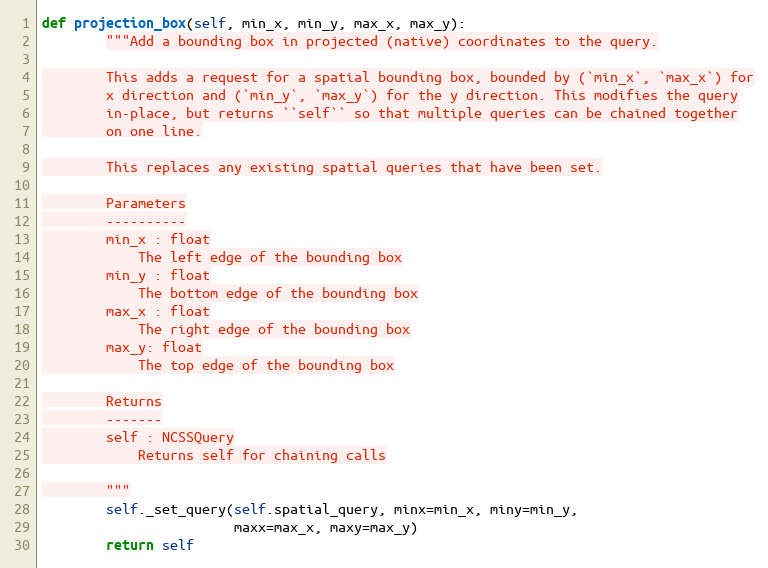
Language: Python
def projection_box(self, min_x, min_y, max_x, max_y):
        """Add a bounding box in projected (native) coordinates to the query.

        This adds a request for a spatial bounding box, bounded by (`min_x`, `max_x`) for
        x direction and (`min_y`, `max_y`) for the y direction. This modifies the query
        in-place, but returns ``self`` so that multiple queries can be chained together
        on one line.

        This replaces any existing spatial queries that have been set.

        Parameters
        ----------
        min_x : float
            The left edge of the bounding box
        min_y : float
            The bottom edge of the bounding box
        max_x : float
            The right edge of the bounding box
        max_y: float
            The top edge of the bounding box

        Returns
        -------
        self : NCSSQuery
            Returns self for chaining calls

        """
        self._set_query(self.spatial_query, minx=min_x, miny=min_y,
                        maxx=max_x, maxy=max_y)
        return self